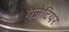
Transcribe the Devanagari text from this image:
गैजेटियर